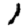
Digit: 1